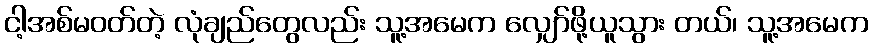
ငါ့အစ်မဝတ်တဲ့ လုံချည်တွေလည်း သူ့အမေက လျှော်ဖို့ယူသွား တယ်၊ သူ့အမေက